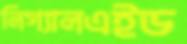
লিগ্যালএইড